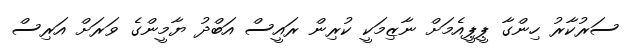
ސަރުކާރު ހިންގާ ޕީޕީއެމަށް ނާޒިމަކީ ކުރިން ރައީސް އަބްދު ޔާމީންގެ ވަރަށް އަރިސް